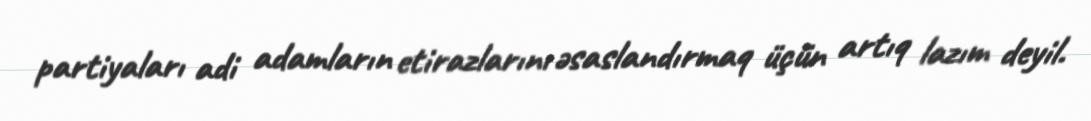
partiyaları adi adamların etirazlarını əsaslandırmaq üçün artıq lazım deyil.